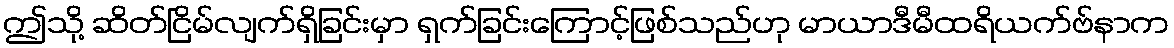
ဤသို့ ဆိတ်ငြိမ်လျက်ရှိခြင်းမှာ ရှက်ခြင်းကြောင့်ဖြစ်သည်ဟု မာယာဒီမီထရိယက်ဗ်နာက